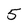
Character: 5